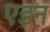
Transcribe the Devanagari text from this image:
एइन